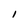
Character: I